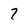
Character: 7